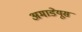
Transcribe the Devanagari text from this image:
अमाडेयूस